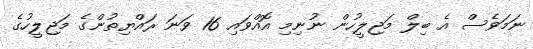
ނަމަވެސް އެ ބިލް މަޖިލީހުން ނުނިމި އޮއްވައި 16 ވަނަ ރައްޔިތުންގެ މަޖިލީހުގެ